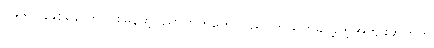
၁၉၆၂ ခုနှစ်နောက်ပိုင်းမြန်မာ့ပညာတတ်တွေ ပြည်ပကိုထွက်ခွာခဲ့တဲ့အကျိုးဆက်က